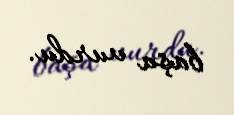
başa vurdu.